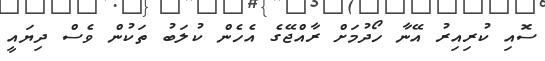
ސޮއި ކުރިއިރު އޭނާ ހޯދުމަށް ރާއްޖޭގެ އެހެން ކުލަބު ތަކުން ވެސް ދިޔައީ